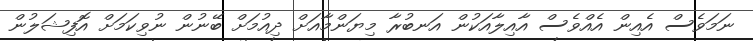
ނަމަވެސް އެއިން އެއްވެސް އާއިލާއަކުން އަނބުރާ މިޔަންމާއަށް ދިއުމަށް ބޭނުން ނުވިކަމަށް އޮފިޝަލުން